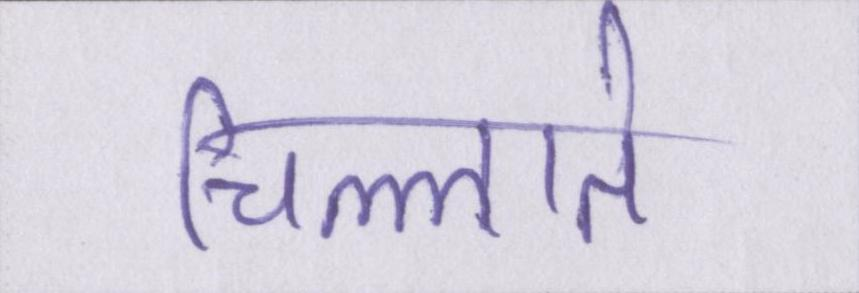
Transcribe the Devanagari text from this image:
चिल्लाते